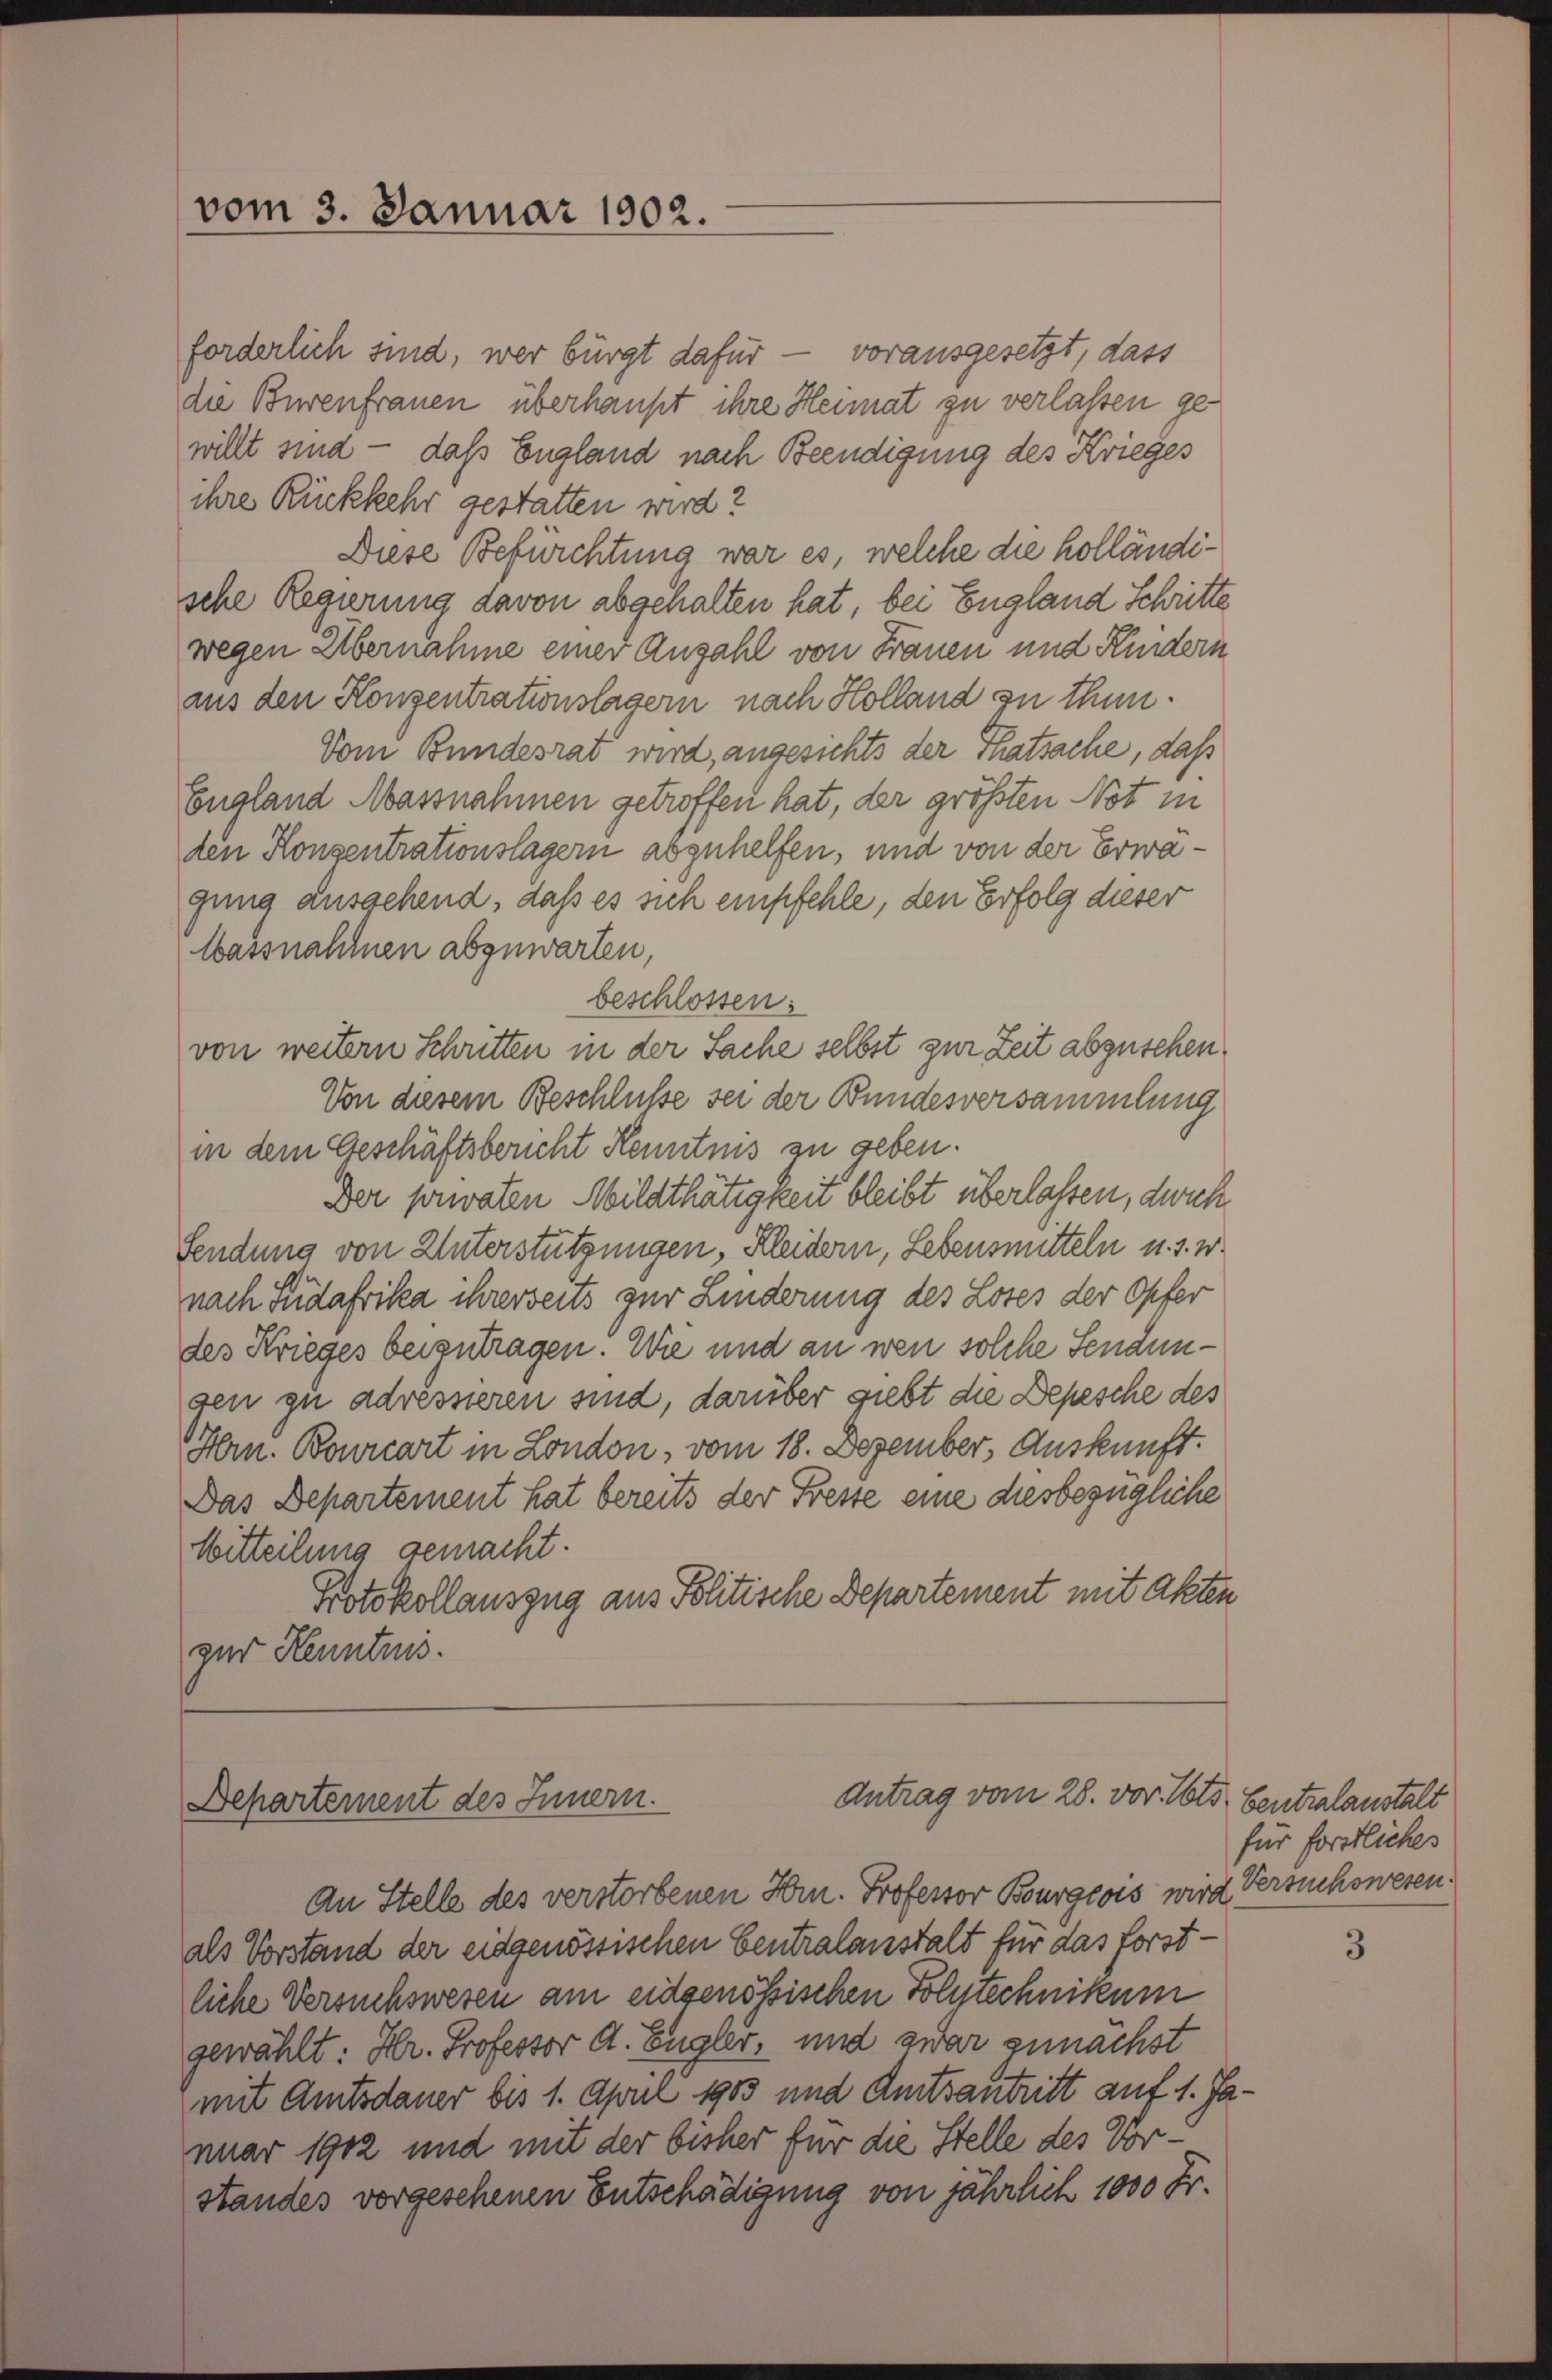
vom 3. Januar 1902.

forderlich sind, wer bürgt dafür — vorausgesetzt, dass
die Burenfrauen überhaupt ihre Heimat zu verlassen gewillt sind — daß England nach Beendigung des Krieges
ihre Rückkehr gestatten wird?
Diese Befürchtung war es, welche die holländische Regierung davon abgehalten hat, bei England Schritte
wegen Übernahme einer Anzahl von Frauen und Kindern
aus den Konzentrationslagern nach Holland zu thun.
Vom Bundesrat wird, angesichts der Thatsache, daß
England Massnahmen getroffen hat, der größten Not in
den Konsentrationslagern abzuhelfen, und von der Erwägung ausgehend, daß es sich empfehle, den Erfolg dieser
Wassnahmen abzuwarten,
beschlossen:
von weitern Schritten in der Sache selbst zur Zeit abzusehen,
Von diesem Beschlusse sei der Bundesversammlung
in dem Geschäftsbericht Kenntnis zu geben.
Der privaten Mildthätigkeit bleibt überlassen, dwich
Sendung von Unterstützungen, Kleidern, Lebensmitteln u. s. w.
nach Südafrika ihrerseits zur Linderung des Loses der Opfer
des Krieges beizutragen. Wie und an wen solche Sendungen zu adressieren sind, darüber giebt die Depesche des
Hrn. Bourcart in London, vom 18. Dezember, Auskunft.
Das Departement hat bereits der Fresse eine diesbezügliche
Mitteilung gemacht.
Protokollauszug aus Politische Departement mit Akten
zur Kenntnis.

Antrag vom 28. vor. Mts. Centralanstalt
Departement des Innern.

An Stelle des verstorbenen Hrn. Professor Bourgeois wird Versuchswesen.
als Vorstand der eidgenössischen Centralanstalt für das forstliche Versuchsweren am eidgenössischen Polytechnikum
gewählt: Hr. Professor A. Engler, und zwar zunächst
mit Amtsdauer bis 1. April 1903 und Amtsantritt auf 1. Januar 1902 und mit der bisher für die Stelle des Vorstandes vorgesehenen Entschädigung von jährlich 1000 Fr.

für forstliches

3